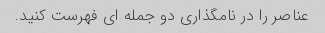
عناصر را در نامگذاری دو جمله ای فهرست کنید.